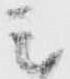
シ